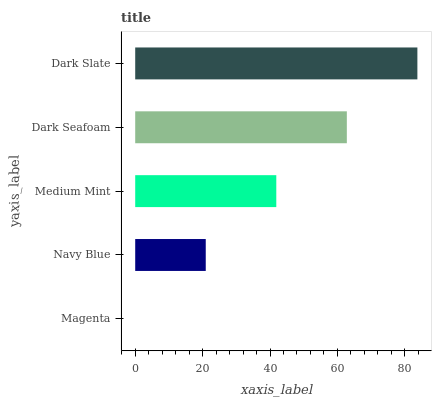
| yaxis_label | bars |
 | --- | --- |
 | Magenta | 0 |
 | Navy Blue | 20.9 |
 | Medium Mint | 41.9 |
 | Dark Seafoam | 62.8 |
 | Dark Slate | 83.7 |